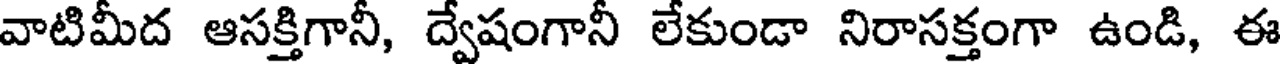
వాటిమీద ఆసక్తిగానీ, ద్వేషంగానీ లేకుండా నిరాసక్తంగా ఉండి, ఈ